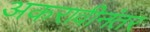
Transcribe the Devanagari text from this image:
अकरावीनंतर